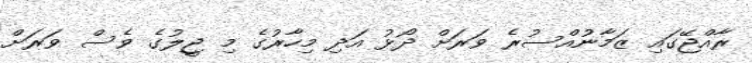
ރާއްޖޭގައި ޒަމާނުއްސުރެ ވަރަށް ދޯޅު އަދި މިހާރުގެ މި ޖީލުގެ ވެސް ވަރަށް